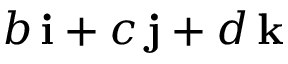
b \, \mathbf { i } + c \, \mathbf { j } + d \, \mathbf { k }